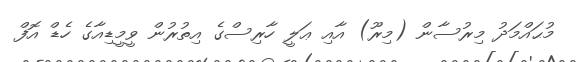
މުޙައްމަދު މިރުސާން (މިރޫ) އާއި ޢަލީ ހާރިސްގެ އިތުރުން ވީމީޑިއާގެ ހެޑް އޮފް